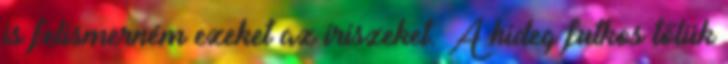
is felismerném ezeket az íriszeket. A hideg futkos tőlük